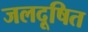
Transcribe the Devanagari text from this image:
जलदूषित